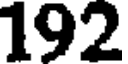
192